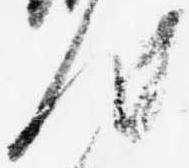
汰